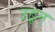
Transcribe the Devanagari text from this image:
उठून्